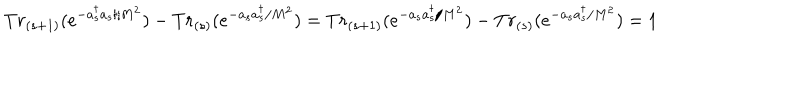
T r _ { ( s + 1 ) } ( e ^ { - a _ { s } ^ { \dagger } a _ { s } / M ^ { 2 } } ) - T r _ { ( s ) } ( e ^ { - a _ { s } a _ { s } ^ { \dagger } / M ^ { 2 } } ) = T r _ { ( s + 1 ) } ( e ^ { - a _ { s } a _ { s } ^ { \dagger } / M ^ { 2 } } ) - T r _ { ( s ) } ( e ^ { - a _ { s } a _ { s } ^ { \dagger } / M ^ { 2 } } ) = 1